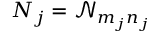
N _ { j } = \mathscr { N } _ { m _ { j } n _ { j } }